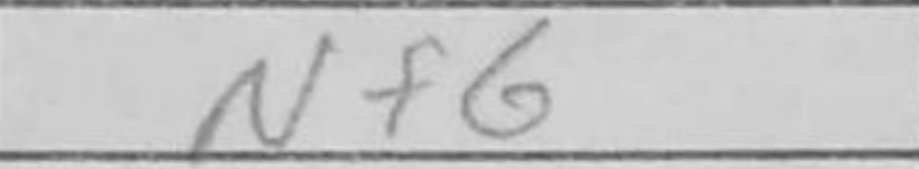
Transcription: Nf6